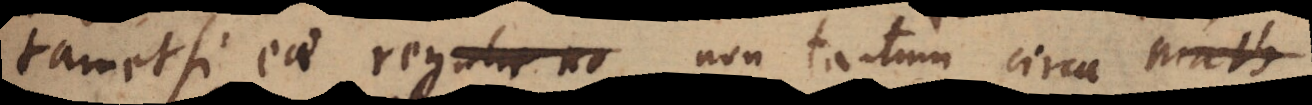
tametsi eae regul _ non tantum circa math